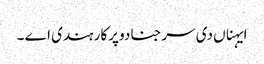
ایہناں دی سرجنا دو پرکار ہندی اے ۔